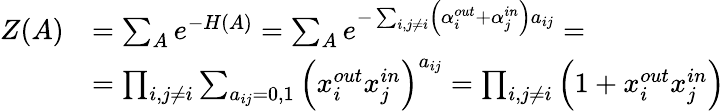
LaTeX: \begin{array}{rl}{Z(A)}&{=\sum_{A}e^{-H(A)}=\sum_{A}e^{-\sum_{i,j\neq i}\left(\alpha_{i}^{out}+\alpha_{j}^{in}\right)a_{ij}}=}\\ &{=\prod_{i,j\neq i}\sum_{a_{ij}=0,1}\left(x_{i}^{out}x_{j}^{in}\right)^{a_{ij}}=\prod_{i,j\neq i}\left(1+x_{i}^{out}x_{j}^{in}\right)}\end{array}